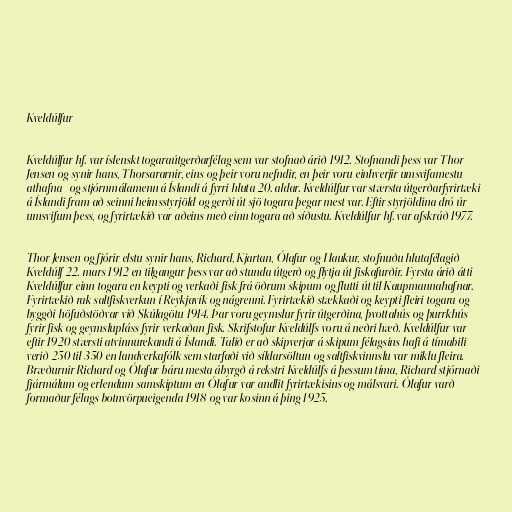
Kveldúlfur

Kveldúlfur hf. var íslenskt togaraútgerðarfélag sem var stofnað árið 1912. Stofnandi þess var Thor
Jensen og synir hans, Thorsararnir, eins og þeir voru nefndir, en þeir voru einhverjir umsvifamestu
athafna- og stjórnmálamenn á Íslandi á fyrri hluta 20. aldar. Kveldúlfur var stærsta útgerðarfyrirtæki
á Íslandi fram að seinni heimsstyrjöld og gerði út sjö togara þegar mest var. Eftir styrjöldina dró úr
umsvifum þess, og fyrirtækið var aðeins með einn togara að síðustu. Kveldúlfur hf. var afskráð 1977.

Thor Jensen og fjórir elstu synir hans, Richard, Kjartan, Ólafur og Haukur, stofnuðu hlutafélagið
Kveldúlf 22. mars 1912 en tilgangur þess var að stunda útgerð og flytja út fiskafurðir. Fyrsta árið átti
Kveldúlfur einn togara en keypti og verkaði fisk frá öðrum skipum og flutti út til Kaupmannahafnar.
Fyrirtækið rak saltfiskverkun í Reykjavík og nágrenni. Fyrirtækið stækkaði og keypti fleiri togara og
byggði höfuðstöðvar við Skúlagötu 1914. Þar voru geymslur fyrir útgerðina, þvottahús og þurrkhús
fyrir fisk og geymslupláss fyrir verkaðan fisk. Skrifstofur Kveldúlfs voru á neðri hæð. Kveldúlfur var
eftir 1920 stærsti atvinnurekandi á Íslandi. Talið er að skipverjar á skipum félagsins hafi á tímabili
verið 250 til 350 en landverkafólk sem starfaði við síldarsöltun og saltfiskvinnslu var miklu fleira.
Bræðurnir Richard og Ólafur báru mesta ábyrgð á rekstri Kveldúlfs á þessum tíma, Richard stjórnaði
fjármálum og erlendum samskiptum en Ólafur var andlit fyrirtækisins og málsvari. Ólafur varð
formaður félags botnvörpueigenda 1918 og var kosinn á þing 1925.